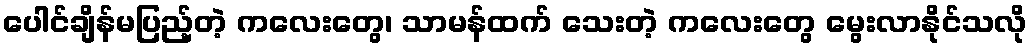
ပေါင်ချိန်မပြည့်တဲ့ ကလေးတွေ၊ သာမန်ထက် သေးတဲ့ ကလေးတွေ မွေးလာနိုင်သလို